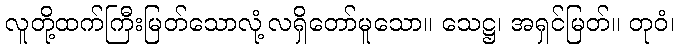
လူတို့ထက်ကြီးမြတ်သောလုံ့လရှိတော်မူသော။ သေဋ္ဌ၊ အရှင်မြတ်။ တုဝံ၊